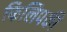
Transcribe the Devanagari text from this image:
फिलिपकी